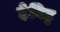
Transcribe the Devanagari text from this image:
हेविट्ट